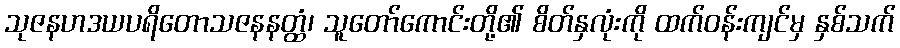
သုဇနဟဒယပရိတောသဇနနတ္ထံ၊ သူတော်ကောင်းတို့၏ စိတ်နှလုံးကို ထက်ဝန်းကျင်မှ နှစ်သက်